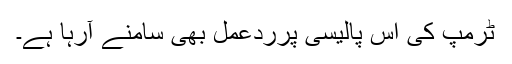
ٹرمپ کی اس پالیسی پرردعمل بھی سامنے آرہا ہے۔